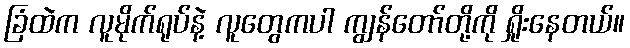
ခြံထဲက လူမိုက်ရုပ်နဲ့ လူတွေကပါ ကျွန်တော်တို့ကို ရှိုးနေတယ်။